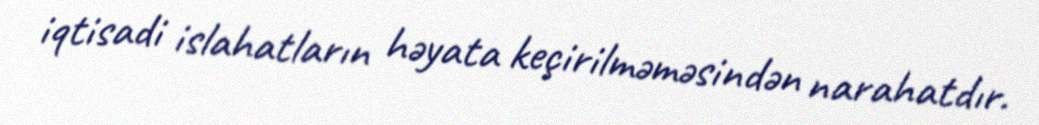
iqtisadi islahatların həyata keçirilməməsindən narahatdır.